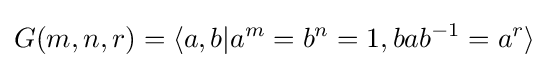
G(m,n,r)=\langle a,b|a^{m}=b^{n}=1,bab^{-1}=a^{r}\rangle